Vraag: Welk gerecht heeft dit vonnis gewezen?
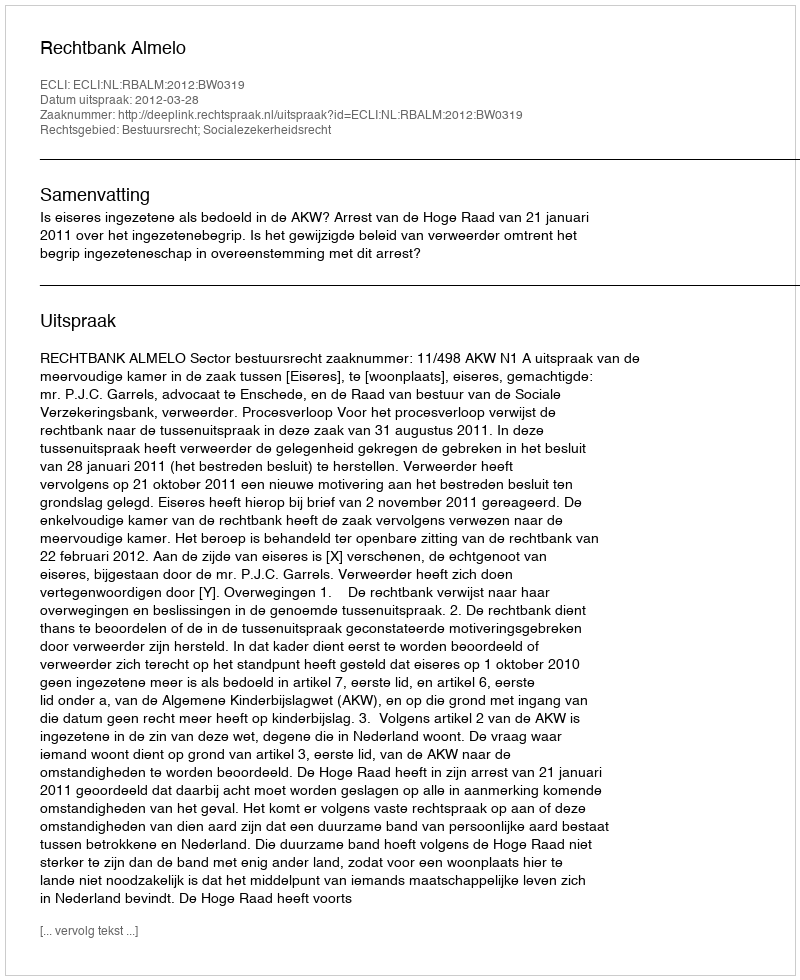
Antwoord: Rechtbank Almelo